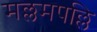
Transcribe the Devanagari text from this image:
मल्लमपल्लि